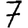
Digit: 7